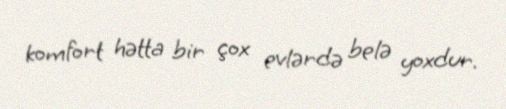
komfort hətta bir çox evlərdə belə yoxdur.